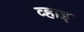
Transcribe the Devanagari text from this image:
व्हाइ